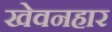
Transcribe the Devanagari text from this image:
खेवनहार